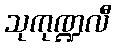
သုကုဏ္ဍလီ